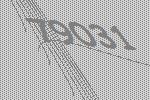
79031